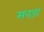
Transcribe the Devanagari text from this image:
सवड़ा